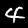
Label: 4